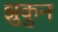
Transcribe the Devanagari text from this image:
झुकुन